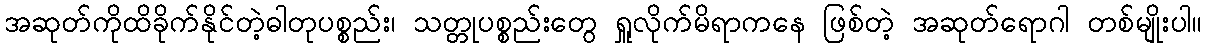
အဆုတ်ကိုထိခိုက်နိုင်တဲ့ဓါတုပစ္စည်း၊ သတ္တုပစ္စည်းတွေ ရှူလိုက်မိရာကနေ ဖြစ်တဲ့ အဆုတ်ရောဂါ တစ်မျိုးပါ။